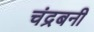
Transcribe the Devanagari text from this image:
चंद्रबनी